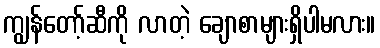
ကျွန်တော့်ဆီကို လာတဲ့ ချောစာများရှိပါမလား။